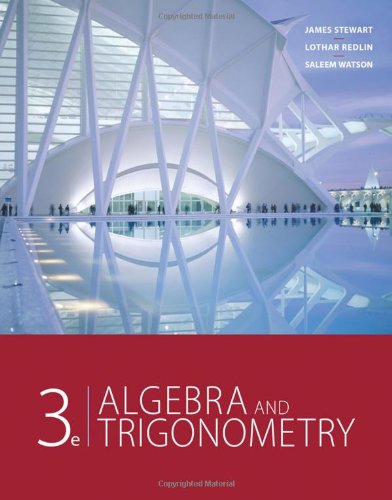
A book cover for Algebra and Trigonometry, 3rd Edition; James Stewart; Science & Math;